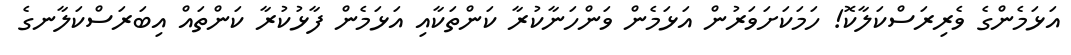
އަޅަމެންގެ ވެރިރަސްކަލާކޮ! ހަމަކަށަވަރުން އަޅަމެން ވަންހަނާކުރާ ކަންތަކާއި އަޅަމެން ފާޅުކުރާ ކަންތައް އިބަރަސްކަލާނގެ